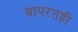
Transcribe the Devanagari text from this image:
वापरतही